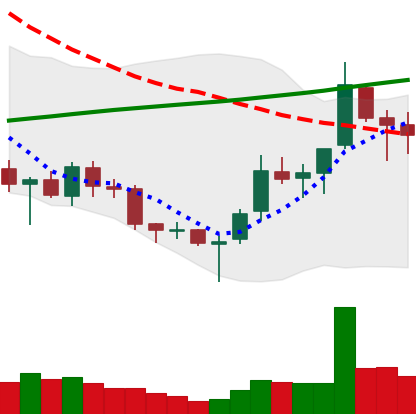
Ticker: TRX-USD
Chart end date: 2018-03-27
Forward return: -25.358%
Label: down_7plus